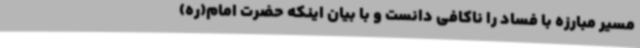
مسیر مبارزه با فساد را ناکافی دانست و با بیان اینکه حضرت امام(ره)